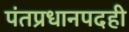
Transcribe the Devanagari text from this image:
पंतप्रधानपदही